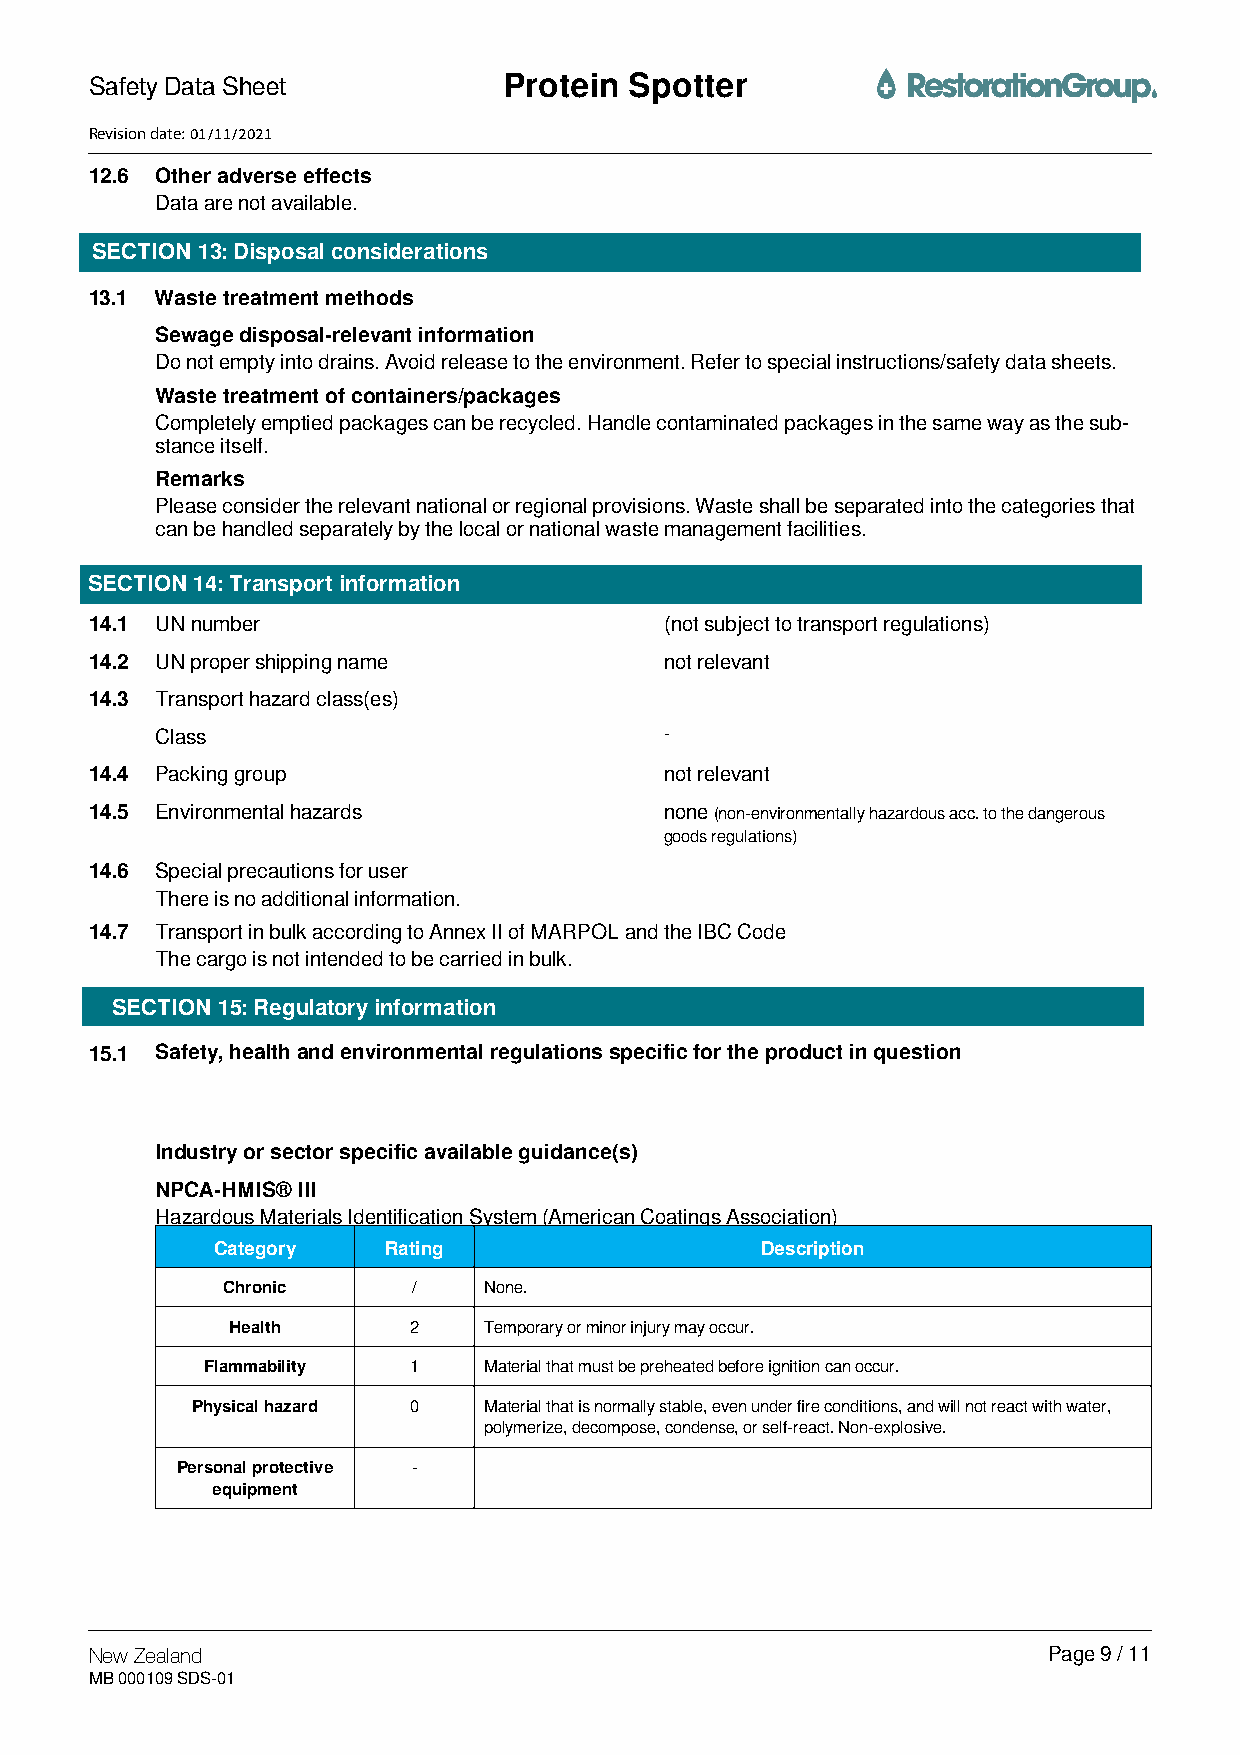
Safety Data Sheet          PPrrootteeiinn SSppootttteerr
 Revision date: 01/11/2021
 12.6 Other adverse effects
 Data are not available.
 SECTION 13: Disposal considerations
 13.1 Waste treatment methods
 Sewage disposal-relevant information
 Do not empty into drains. Avoid release to the environment. Refer to special instructions/safety data sheets.
 Waste treatment of containers/packages
 Completely emptied packages can be recycled. Handle contaminated packages in the same way as the sub-
 stance itself.
 Remarks
 Please consider the relevant national or regional provisions. Waste shall be separated into the categories that
 can be handled separately by the local or national waste management facilities.
 SECTION 14: Transport information
 14.1 UN number                        (not subject to transport regulations)
 14.2 UN proper shipping name          not relevant
 14.3 Transport hazard class(es)
 Class                             -
 14.4 Packing group                    not relevant
 14.5 Environmental hazards            none (non-environmentally hazardous acc. to the dangerous
 goods regulations)
 14.6 Special precautions for user
 There is no additional information.
 14.7 Transport in bulk according to Annex II of MARPOL and the IBC Code
 The cargo is not intended to be carried in bulk.
 SECTION 15: Regulatory information
 15.1 Safety, health and environmental regulations specific for the product in question
 Industry or sector specific available guidance(s)
 NPCA-HMIS® III
 Hazardous Materials Identification System (American Coatings Association)
 Category   Rating                   Description
 Chronic     /    None.
 Health      2    Temporary or minor injury may occur.
 Flammability  1    Material that must be preheated before ignition can occur.
 Physical hazard 0  Material that is normally stable, even under fire conditions, and will not react with water,
 polymerize, decompose, condense, or self-react. Non-explosive.
 Personal protective -
 equipment
 New Zealand                                                    Page 9 / 11
 MB 000109 SDS-01